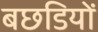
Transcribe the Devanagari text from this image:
बछडियों